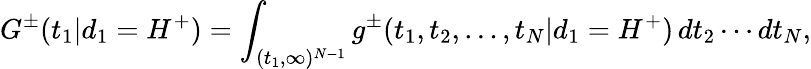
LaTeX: G^{\pm}(t_{1}|d_{1}=H^{+})=\int_{(t_{1},\infty)^{N-1}}g^{\pm}(t_{1},t_{2},\ldots,t_{N}|d_{1}=H^{+})\, dt_{2}\cdots dt_{N},